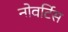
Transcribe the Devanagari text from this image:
नोवर्टिस